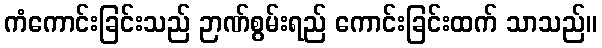
ကံကောင်းခြင်းသည် ဉာဏ်စွမ်းရည် ကောင်းခြင်းထက် သာသည်။